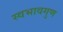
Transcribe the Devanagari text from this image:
स्वभावगुण